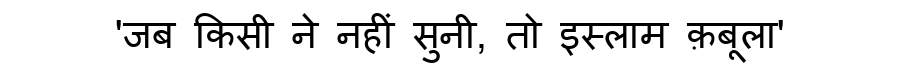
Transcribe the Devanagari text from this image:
'जब किसी ने नहीं सुनी, तो इस्लाम क़बूला'